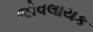
જોવલાયક